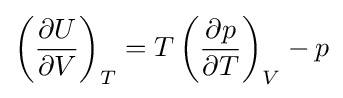
\left({\frac {\partial U}{\partial V}}\right)_{T}=T\left({\frac {\partial p}{\partial T}}\right)_{V}-p